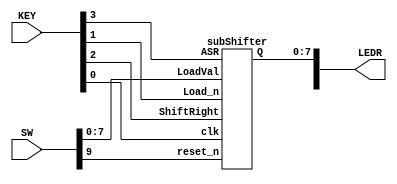
//eight bit shifter
module shifter(SW, KEY, LEDR);
	input [9:0] SW;
	input [3:0] KEY;
	output [9:0] LEDR;
	
	subShifter sh(.LoadVal(SW[7:0]), 
					  .Load_n(KEY[1]), 
					  .ShiftRight(KEY[2]), 
					  .ASR(KEY[3]), 
					  .clk(KEY[0]), 
					  .reset_n(SW[9]), 
					  .Q(LEDR[7:0]));
endmodule

//eight bit shifter sub module
module subShifter(LoadVal, Load_n, ShiftRight, ASR, clk, reset_n, Q);
	input [7:0] LoadVal;
	input Load_n, ShiftRight, ASR, clk, reset_n;
	output [7:0] Q;
	
	wire [7:0] sh_out;
	wire ext;
	
	signExtension s(.asr(ASR), 
					    .in(LoadVal[7]), 
					    .out(ext));
	
	subShifterBit sh7(.load_val(LoadVal[7]), 
						   .load_n(Load_n), 
							.Clk(clk), 
							.in(ext), 
							.shift(ShiftRight), 
							.resetn(reset_n), 
							.out(sh_out[7]));
							
	subShifterBit sh6(.load_val(LoadVal[6]), 
						   .load_n(Load_n), 
							.Clk(clk), 
							.in(sh_out[7]), 
							.shift(ShiftRight), 
							.resetn(reset_n), 
							.out(sh_out[6]));

	subShifterBit sh5(.load_val(LoadVal[5]), 
						   .load_n(Load_n), 
							.Clk(clk), 
							.in(sh_out[6]), 
							.shift(ShiftRight), 
							.resetn(reset_n), 
							.out(sh_out[5]));
							
	subShifterBit sh4(.load_val(LoadVal[4]), 
						   .load_n(Load_n), 
							.Clk(clk), 
							.in(sh_out[5]), 
							.shift(ShiftRight), 
							.resetn(reset_n), 
							.out(sh_out[4]));
							
	subShifterBit sh3(.load_val(LoadVal[3]), 
						   .load_n(Load_n), 
							.Clk(clk), 
							.in(sh_out[4]), 
							.shift(ShiftRight), 
							.resetn(reset_n), 
							.out(sh_out[3]));
							
	subShifterBit sh2(.load_val(LoadVal[2]), 
						   .load_n(Load_n), 
							.Clk(clk), 
							.in(sh_out[3]), 
							.shift(ShiftRight), 
							.resetn(reset_n), 
							.out(sh_out[2]));
	
	subShifterBit sh1(.load_val(LoadVal[1]), 
						   .load_n(Load_n), 
							.Clk(clk), 
							.in(sh_out[2]), 
							.shift(ShiftRight), 
							.resetn(reset_n), 
							.out(sh_out[1]));
							
	subShifterBit sh0(.load_val(LoadVal[0]), 
						   .load_n(Load_n), 
							.Clk(clk), 
							.in(sh_out[1]), 
							.shift(ShiftRight), 
							.resetn(reset_n), 
							.out(sh_out[0]));
							
	assign Q = sh_out;
endmodule

//circuit to perform sign extension
module signExtension(asr, in, out);
	input asr, in;
	output reg out;
	
	always @(*)
	begin
		if (asr == 1'b1)
			out <= in;
		else
			out <= 1'b0;
	end
endmodule

//single bit shifter
module subShifterBit(load_val, load_n, Clk, in, shift, resetn, out);
	input load_val, load_n, Clk, in, shift, resetn;
	output out;
	
	wire mux1tomux2;
	wire mux2toff;
	wire ffout;
	
	mux2to1 mux1(.x(ffout), 
					 .y(in), 
					 .s(shift), 
					 .m(mux1tomux2));
					 
	mux2to1 mux2(.x(load_val), 
					 .y(mux1tomux2), 
					 .s(load_n), 
					 .m(mux2toff));
					 
	flipflop ff(.clock(Clk), 
					.Resetn(resetn), 
					.d(mux2toff), 
					.q(ffout));
	
	assign out = ffout;
endmodule

//2 to 1 multiplexer
module mux2to1(x, y, s, m);
    input x; //selected when s is 0
    input y; //selected when s is 1
    input s; //select signal
    output m; //output
  
    assign m = s & y | ~s & x;
endmodule

//D flip flop
module flipflop(clock, Resetn, d, q);
	input clock, Resetn, d;
	output reg q;
	
	always @(posedge clock)
	begin
		if (Resetn == 1'b0)
			q <= 0;
		else 
			q <= d;
	end
endmodule